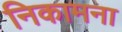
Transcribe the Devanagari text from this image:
निकामना